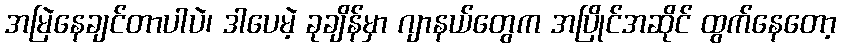
အမြဲနေချင်တာပါပဲ၊ ဒါပေမဲ့ ခုချိန်မှာ ဂျာနယ်တွေက အပြိုင်အဆိုင် ထွက်နေတော့